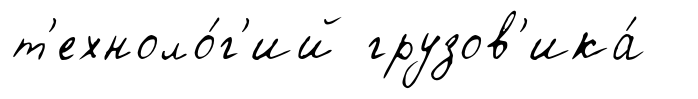
т'ехноло́г'ий грузов'ика́